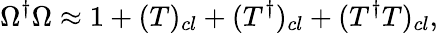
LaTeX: \Omega^{\dagger}\Omega\approx 1+(T)_{cl}+(T^{\dagger})_{cl}+(T^{\dagger}T)_{cl},